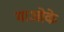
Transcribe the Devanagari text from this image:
माओके